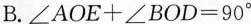
B.$$ ∠AOE+∠BOD=90° $$